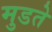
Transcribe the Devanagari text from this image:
मुडते